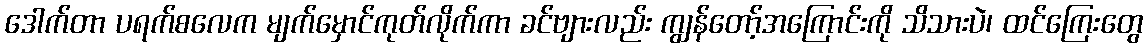
ဒေါက်တာ ပရက်စလေက မျက်မှောင်ကုတ်လိုက်ကာ ခင်ဗျားလည်း ကျွန်တော့်အကြောင်းကို သိသားပဲ၊ ထင်ကြေးတွေ